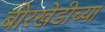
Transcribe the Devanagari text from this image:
बोरखेडीच्या